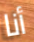
أنا